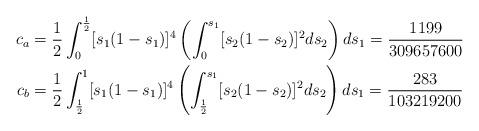
LaTeX: \begin{align*}c_a&=\frac 1 2\int_0^{\frac 1 2}[s_1(1-s_1)]^4\left(\int_0^{s_1}[s_2(1-s_2)]^2 ds_2\right)ds_1=\frac{1199}{309657600}\\c_b &=\frac 1 2\int_{\frac 1 2}^1[s_1(1-s_1)]^4\left(\int_{\frac 1 2}^{s_1}[s_2(1-s_2)]^2 ds_2\right)ds_1=\frac{283}{103219200}\end{align*}